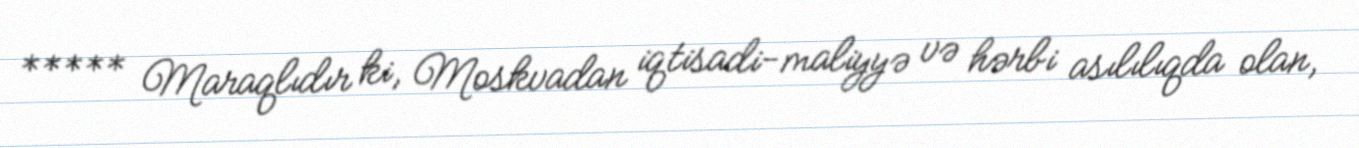
***** Maraqlıdır ki, Moskvadan iqtisadi-maliyyə və hərbi asılılıqda olan,